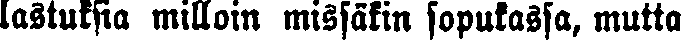
lastuksia milloin missäkin sopukassa, mutta